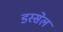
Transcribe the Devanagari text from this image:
डस्सेल